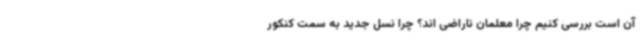
آن است بررسی کنیم چرا معلمان ناراضی اند؟ چرا نسل جدید به سمت کنکور